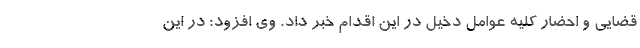
قضایی و احضار کلیه عوامل دخیل در این اقدام خبر داد. وی افزود: در این